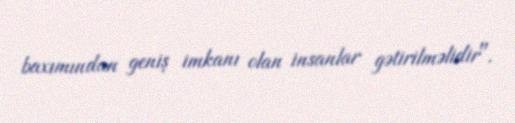
baxımından geniş imkanı olan insanlar gətirilməlidir".